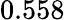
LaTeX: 0.558